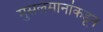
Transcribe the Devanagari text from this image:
मुसलमानांकडून